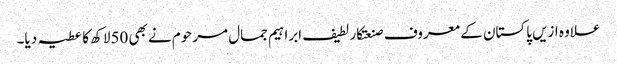
علاوہ ازیں پاکستان کے معروف صنعتکار لطیف ابراہیم جمال مرحوم نے بھی 50لاکھ کا عطیہ دیا۔